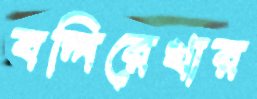
বলিরেখার